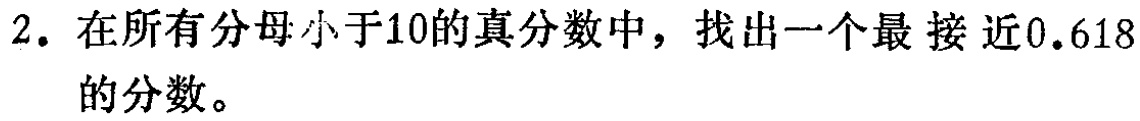
2. 在所有分母小于10的真分数中，找出一个最 接近0.618的分数。